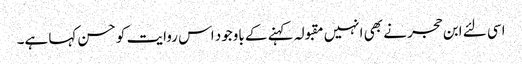
اسی لئے ابن حجر نے بھی انہیں مقبولہ کہنے کے باوجود اس روایت کو حسن کہا ہے۔